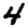
Digit: 4